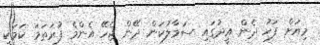
މިއަށް ފަހު ދެން އީދުގައި ސަމާލުކަން ދޭން ޖެހޭ އެންމެ ފުރަތަމަ ކަމަކީ